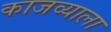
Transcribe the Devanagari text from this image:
काजव्याला